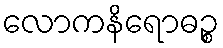
လောကနိရောဓဉ္စ